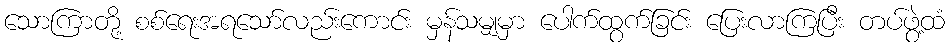
သောကြာတို့ စစ်ရေးအရသော်လည်းကောင်း မှန်သမျှမှာ ပေါက်ထွက်ခြင်း ပြေးလာကြပြီး တပ်ဖွဲ့ထံ